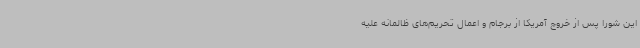
این شورا پس از خروج آمریکا از برجام و اعمال تحریم‌های ظالمانه علیه